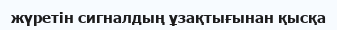
жүретін сигналдың ұзақтығынан қысқа